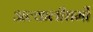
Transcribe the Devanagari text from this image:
अल्कलीधर्मी